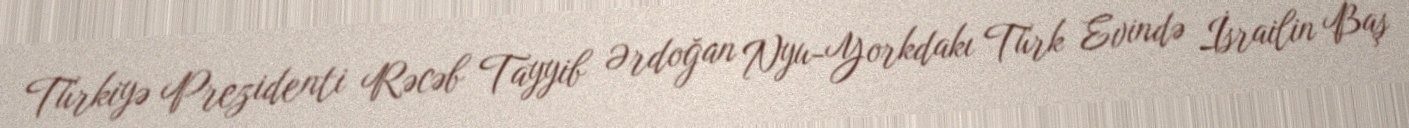
Türkiyə Prezidenti Rəcəb Tayyib Ərdoğan Nyu-Yorkdakı Türk Evində İsrailin Baş